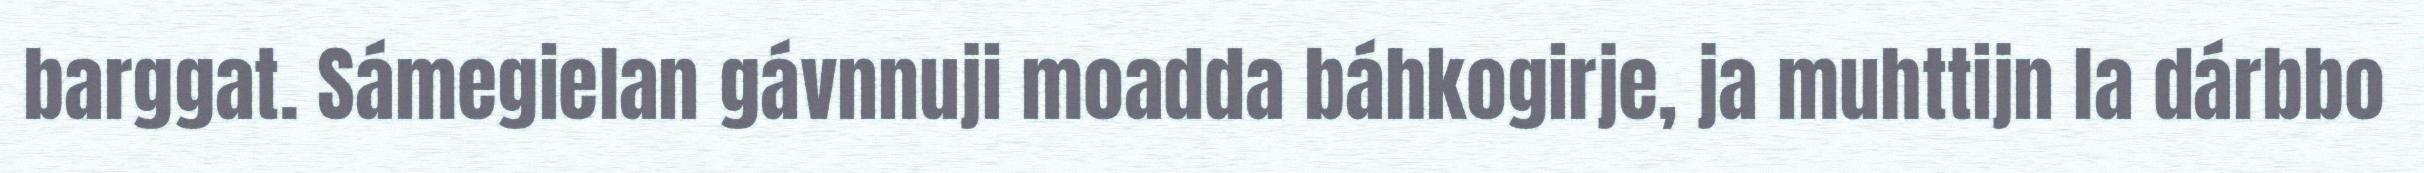
barggat. Sámegielan gávnnuji moadda báhkogirje, ja muhttijn la dárbbo